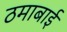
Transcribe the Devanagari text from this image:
ठमाबाई